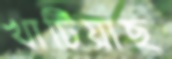
খাটিয়াছ